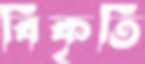
বিকৃতি